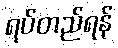
ရပ်တည်ရန်